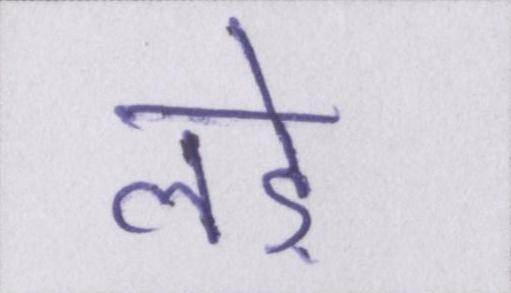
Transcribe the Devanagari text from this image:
लड़े